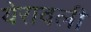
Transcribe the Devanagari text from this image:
येरावली